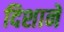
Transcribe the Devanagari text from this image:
दिशाने